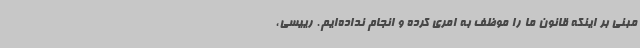
مبنی بر اینکه قانون ما را موظف به امری کرده و انجام نداده‌ایم. رییسی،